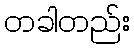
တခါတည်း